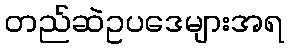
တည်ဆဲဥပဒေများအရ